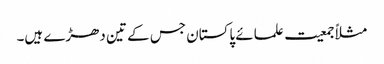
مثلاً جمعیت علمائے پاکستان جس کے تین دھڑے ہیں۔